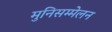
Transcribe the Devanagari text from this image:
मुनिसम्मेलन